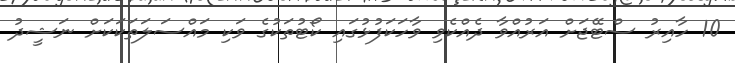
10 ހާއިރު ސްޓޭޖަށް އަރުއްވާ ދެއްކެވި ވާހަކަފުޅުގައި ކޯޓުތަކުގެ ވަކި މައްސަލަތަކަކަށް ނަޝީދު